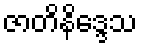
ဇာတိနိဒ္ဒေသ